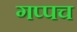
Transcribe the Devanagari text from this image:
गप्पच